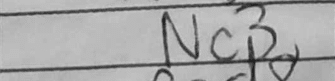
Transcription: Nc3